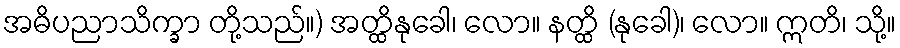
အဓိပညာသိက္ခာ တို့သည်။) အတ္ထိနုခေါ၊ လော။ နတ္ထိ (နုခေါ)၊ လော။ ဣတိ၊ သို့။